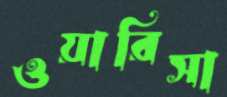
ওয়ারিসা